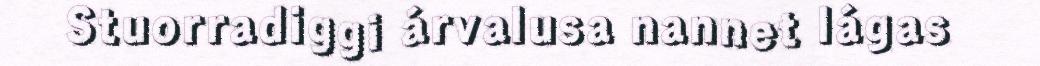
Stuorradiggi árvalusa nannet lágas